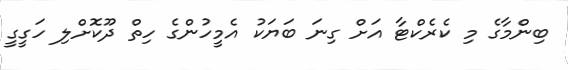
ބިންމާގެ މި ކެރެކްޓާ އަށް ގިނަ ބަޔަކު އެމީހުންގެ ހިތް ދޫކޮށްލި ހަގީގީ